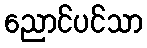
ညောင်ပင်သာ